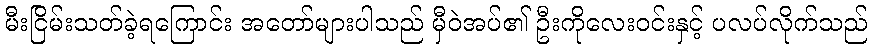
မီးငြိမ်းသတ်ခဲ့ရကြောင်း အတော်များပါသည် မှီဝဲအပ်၏ ဦးကိုလေးဝင်းနှင့် ပလပ်လိုက်သည်